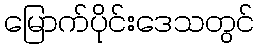
မြောက်ပိုင်းဒေသတွင်